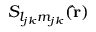
S _ { l _ { j k } m _ { j k } } ( \mathbf { \hat { r } } )